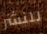
للنشر